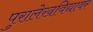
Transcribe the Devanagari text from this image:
पुरालेखविद्यावर